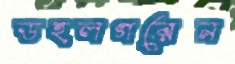
ডহলগরেন